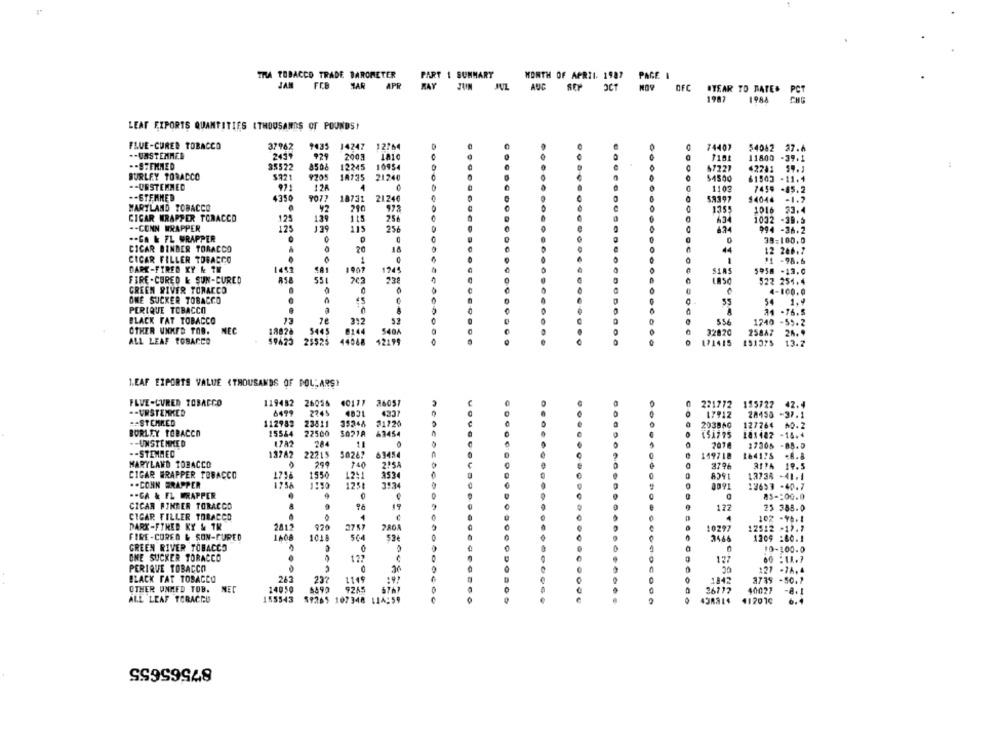
TRA TOBACCO TRADE BAROMETER
PART 1 SUMMARY
MONTH OF APRIL 1987 PAGE 1
JAN FEB MAR APR MAY JUN JUL AUG SEP OCT NOV OFC #YEAR TO DATE.
PCT
1987
1984
LEAF EIPORTS QUANTITIES (THOUSANDS OF POUNDS!
FLUE-CURED TOBACCO
37962
9435
14247 12764
74407
54082 37.4
-- UMSTEMMER
2417
929
2003
1810
11800 -39.1
-- STEMMED
35522
8508
12245
10954
47227
42241 54.1
BURLEY TORACCO
$321
9705
18735
21240
$4500
61803 -11.1
-- URSTEMMED
4
971
12A
1103
7459 -85.2
-- ETFHNED
4350
9077
18731
2124€
53397
$4046 -1.2
MARYLAND TOBACCO
210
973
1359
92
1016 33.4
CIGAR WRAPPER TORACCO
129
13
256
4.34
1032 -39.5
-- CONN WRAPPER
125
139
115
256
994 -36.2
.- GA & FL WRAPPER
0
39:100.0
CICAR BINDER TORACCO
..
20
10
44
12 266.7
CICAR FILLER TOBACCO
1
11 -98.6
1443
DARK-FIRED KY & TH
124
5958 -13.0
FIRE -CURED & SUN-CURED
55
22
LASC
522 254.4
GREEN RIVER TORACCO
4-100.0
ONE SUCKER TOBACCO
00
55
54
1.9
PERIQUE TOBACCO
A
74 -76.5
BLACK FAT TOBACCO
13
312
52
1240 -59.2
OTHER UNKER TOO.
NEC
18826
5445
8144
540A
32820
25847
ALL LEAF TOBACCO
59425
25525
44048
171415
151375
13.2
1.EAF EZPORTS VALUE <THOUSANDS OF POL;ARS)
FLVE-CURED TOBACCO
119482 26055 40177 36057
221772 155722 42.4
.- UNSTENKED
2245
4031
4237
17912
28458 -37.1
== STEMMED
112982
23811
35246
71120
203840
127764
$0.2
15544
BURLEY TOBACCO
72500
63454
151775
181482 -18.4
-- UNSTENKED
1742
284
2018
17305 -88.0
.- STEMAED
69454
13782 22215
50262
149718
164175 .8.8
MARYLAND TOBACCO
299
740
2055
3796
3IPA 19.5
CIGAR FRAPPER TOBACCO
1550
12:1
3534
13738 -41.1
1256
.. CONN WRAPPER
125
3:34
12653 -40.7
.- GA & FL FRAPPER
85 -: 00.0
CICAR FINDER TOBACCO
A
177
25 388.0
CIGAR FILLER TOBACCO
4
4
102 -96.1
DARK-FTHED KY & TR
2019
970
280A
10297
12512 -17.7
FIRE -CURED & SON-FURED
1608
1018
564
526
3466
1309 :60.1
GREEN RIVER TOBACCO
10-100.0
ONE SUCKER TOBACCO
12
PERIQUE TOBACCO
127 -7A,4
BLACK FAT TOBACCO
232
1149
192
3739 -50 .?
OTHER UNMED TOB.
14050
9245
26712
40021
-8. 1
ALL LEAF TOBACCO
155543
59265 107348 114:59
41201¢
87565655